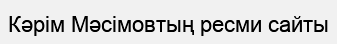
Кәрім Мәсімовтың ресми сайты